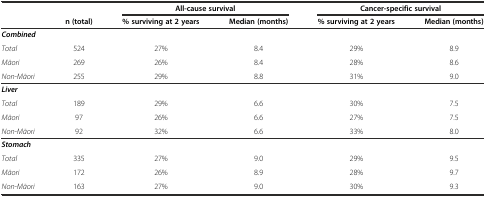
|  |  | <COLSPAN=2> All-cause survival | <COLSPAN=2> Cancer-specific survival |
 |  | n (total) | % surviving at 2 years | Median (months) | % surviving at 2 years | Median (months) |
 | --- | --- | --- | --- | --- | --- |
 | Combined |  |  |  |  |  |
 | Total | 524 | 27% | 8.4 | 29% | 8.9 |
 | Māori | 269 | 26% | 8.4 | 28% | 8.6 |
 | Non-Māori | 255 | 29% | 8.8 | 31% | 9.0 |
 | Liver |  |  |  |  |  |
 | Total | 189 | 29% | 6.6 | 30% | 7.5 |
 | Māori | 97 | 26% | 6.6 | 27% | 7.5 |
 | Non-Māori | 92 | 32% | 6.6 | 33% | 8.0 |
 | Stomach |  |  |  |  |  |
 | Total | 335 | 27% | 9.0 | 29% | 9.5 |
 | Māori | 172 | 26% | 8.9 | 28% | 9.7 |
 | Non-Māori | 163 | 27% | 9.0 | 30% | 9.3 |